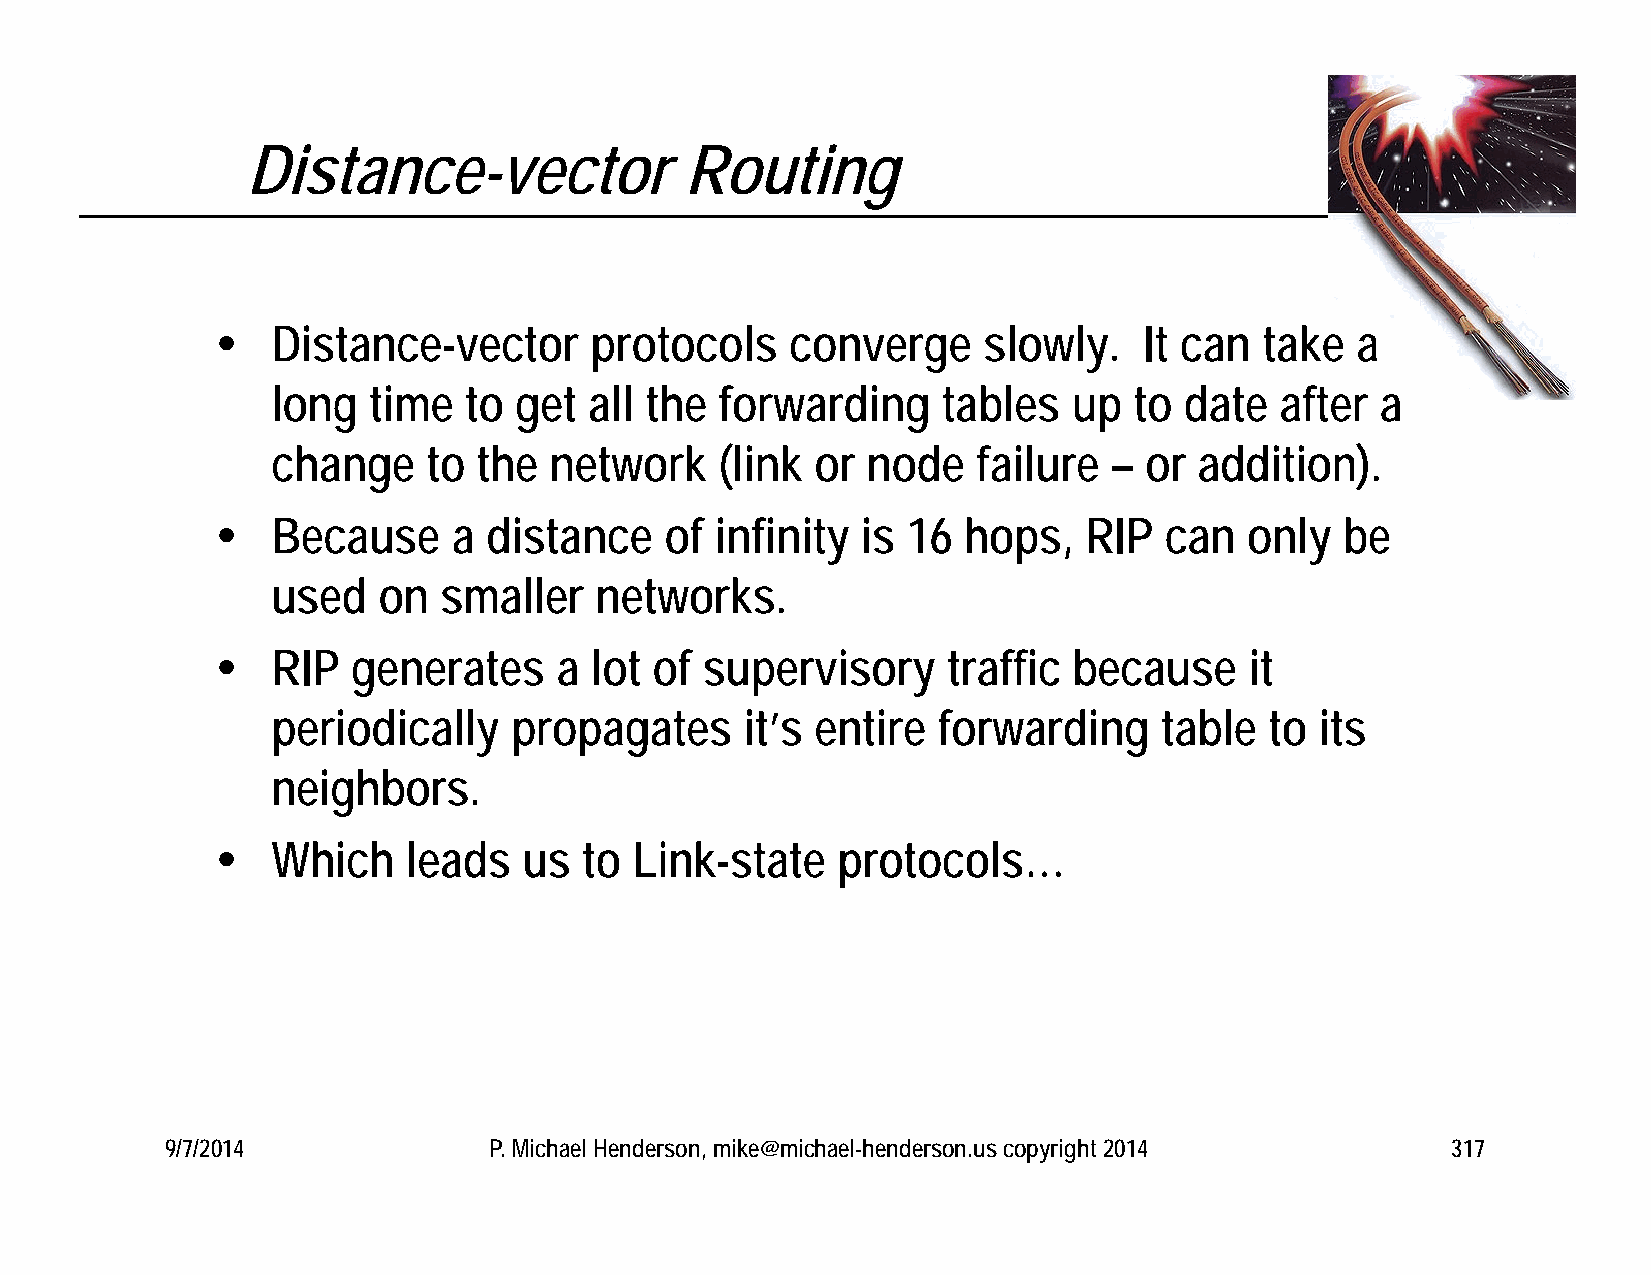
Distance-vector              Routing
    Distance-vector      protocols    converge     slowly.    It can  take  a
 long  time   to get  all the  forwarding    tables   up  to date   after a
 change    to  the network     (link or node    failure  – or addition).
    Because     a distance    of infinity  is 16  hops,   RIP  can   only  be
 used   on  smaller   networks.
    RIP  generates     a lot of  supervisory     traffic because     it
 periodically    propagates     it’s entire  forwarding     table  to its
 neighbors.
    Which    leads   us  to Link-state   protocols…
 9/7/2014             P. Michael Henderson, mike@michael-henderson.us copyright 2014  317